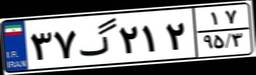
۳۷گ۲۱۲۱۷